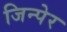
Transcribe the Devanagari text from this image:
जिन्पेर